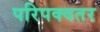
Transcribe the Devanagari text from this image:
परिपक्वतर